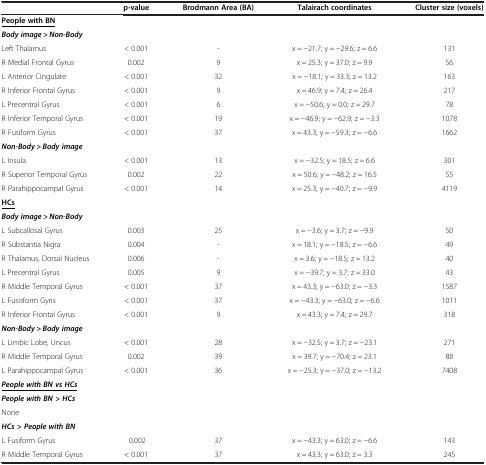
<table><thead><tr><td><b> </b></td><td><b>p-value</b></td><td><b>Brodmann Area (BA)</b></td><td><b>Talairach coordinates</b></td><td><b>Cluster size (voxels)</b></td></tr></thead><tbody><tr><td><b><underline>People with BN</underline></b></td><td> </td><td> </td><td> </td><td> </td></tr><tr><td><b><i>Body image &gt; Non-Body</i></b></td><td> </td><td> </td><td> </td><td> </td></tr><tr><td>Left Thalamus</td><td>&lt; 0.001</td><td>-</td><td>x = -21.7; y = -29.6; z = 6.6</td><td>131</td></tr><tr><td>R Medial Frontal Gyrus</td><td>0.002</td><td>9</td><td>x = 25.3; y = 37.0; z = 9.9</td><td>56</td></tr><tr><td>L Anterior Cingulate</td><td>&lt; 0.001</td><td>32</td><td>x = -18.1; y = 33.3; z = 13.2</td><td>163</td></tr><tr><td>R Inferior Frontal Gyrus</td><td>&lt; 0.001</td><td>9</td><td>x = 46.9; y = 7.4; z = 26.4</td><td>217</td></tr><tr><td>L Precentral Gyrus</td><td>&lt; 0.001</td><td>6</td><td>x = -50.6; y = 0.0; z = 29.7</td><td>78</td></tr><tr><td>R Inferior Temporal Gyrus</td><td>&lt; 0.001</td><td>19</td><td>x = -46.9; y = -62.9; z = -3.3</td><td>1078</td></tr><tr><td>R Fusiform Gyrus</td><td>&lt; 0.001</td><td>37</td><td>x = 43.3; y = -59.3; z = -6.6</td><td>1662</td></tr><tr><td><b><i>Non-Body &gt; Body image</i></b></td><td> </td><td> </td><td> </td><td> </td></tr><tr><td>L Insula</td><td>&lt; 0.001</td><td>13</td><td>x = -32.5; y = 18.5; z = 6.6</td><td>301</td></tr><tr><td>R Superior Temporal Gyrus</td><td>0.002</td><td>22</td><td>x = 50.6; y = -48.2; z = 16.5</td><td>55</td></tr><tr><td>R Parahippocampal Gyrus</td><td>&lt; 0.001</td><td>14</td><td>x = 25.3; y = -40.7; z = -9.9</td><td>4119</td></tr><tr><td><b><underline>HCs</underline></b></td><td> </td><td> </td><td> </td><td> </td></tr><tr><td><b><i>Body image &gt; Non-Body</i></b></td><td> </td><td> </td><td> </td><td> </td></tr><tr><td>L Subcallosal Gyrus</td><td>0.003</td><td>25</td><td>x = -3.6; y = 3.7; z = -9.9</td><td>50</td></tr><tr><td>R Substantia Nigra</td><td>0.004</td><td>-</td><td>x = 18.1; y = -18.5; z = -6.6</td><td>49</td></tr><tr><td>R Thalamus, Dorsal Nucleus</td><td>0.006</td><td>-</td><td>x = 3.6; y = -18.5; z = 13.2</td><td>40</td></tr><tr><td>L Precentral Gyrus</td><td>0.005</td><td>9</td><td>x = -39.7; y = 3.7; z = 33.0</td><td>43</td></tr><tr><td>R Middle Temporal Gyrus</td><td>&lt; 0.001</td><td>37</td><td>x = 43.3; y = -63.0; z = -3.3</td><td>1587</td></tr><tr><td>L Fusisform Gyris</td><td>&lt; 0.001</td><td>37</td><td>x = -43.3; y = -63.0; z = -6.6</td><td>1011</td></tr><tr><td>R Inferior Frontal Gyrus</td><td>&lt; 0.001</td><td>9</td><td>x = 43.3; y = 7.4; z = 29.7</td><td>318</td></tr><tr><td><b><i>Non-Body &gt; Body image</i></b></td><td> </td><td> </td><td> </td><td> </td></tr><tr><td>L Limbic Lobe, Uncus</td><td>&lt; 0.001</td><td>28</td><td>x = -32.5; y = 3.7; z = -23.1</td><td>271</td></tr><tr><td>R Middle Temporal Gyrus</td><td>0.002</td><td>39</td><td>x = 39.7; y = -70.4; z = 23.1</td><td>88</td></tr><tr><td>L Parahippocampal Gyrus</td><td>&lt; 0.001</td><td>36</td><td>x = -25.3; y = -37.0; z = -13.2</td><td>7408</td></tr><tr><td><b><i><underline>People with BN vs HCs</underline></i></b></td><td> </td><td> </td><td> </td><td> </td></tr><tr><td><b><i>People with BN &gt; HCs</i></b></td><td> </td><td> </td><td> </td><td> </td></tr><tr><td>None </td><td> </td><td> </td><td> </td><td> </td></tr><tr><td><b><i>HCs &gt; People with BN</i></b></td><td> </td><td> </td><td> </td><td> </td></tr><tr><td>L Fusiform Gyrus</td><td> 0.002</td><td>37</td><td>x = -43.3; y = 63.0; z = -6.6</td><td>143</td></tr><tr><td>R Middle Temporal Gyrus</td><td>&lt; 0.001</td><td>37</td><td>x = 43.3; y = 63.0; z = 3.3</td><td>245</td></tr></tbody></table>